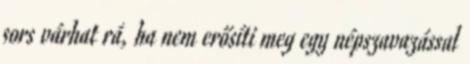
sors várhat rá, ha nem erősíti meg egy népszavazással